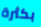
بكثرة